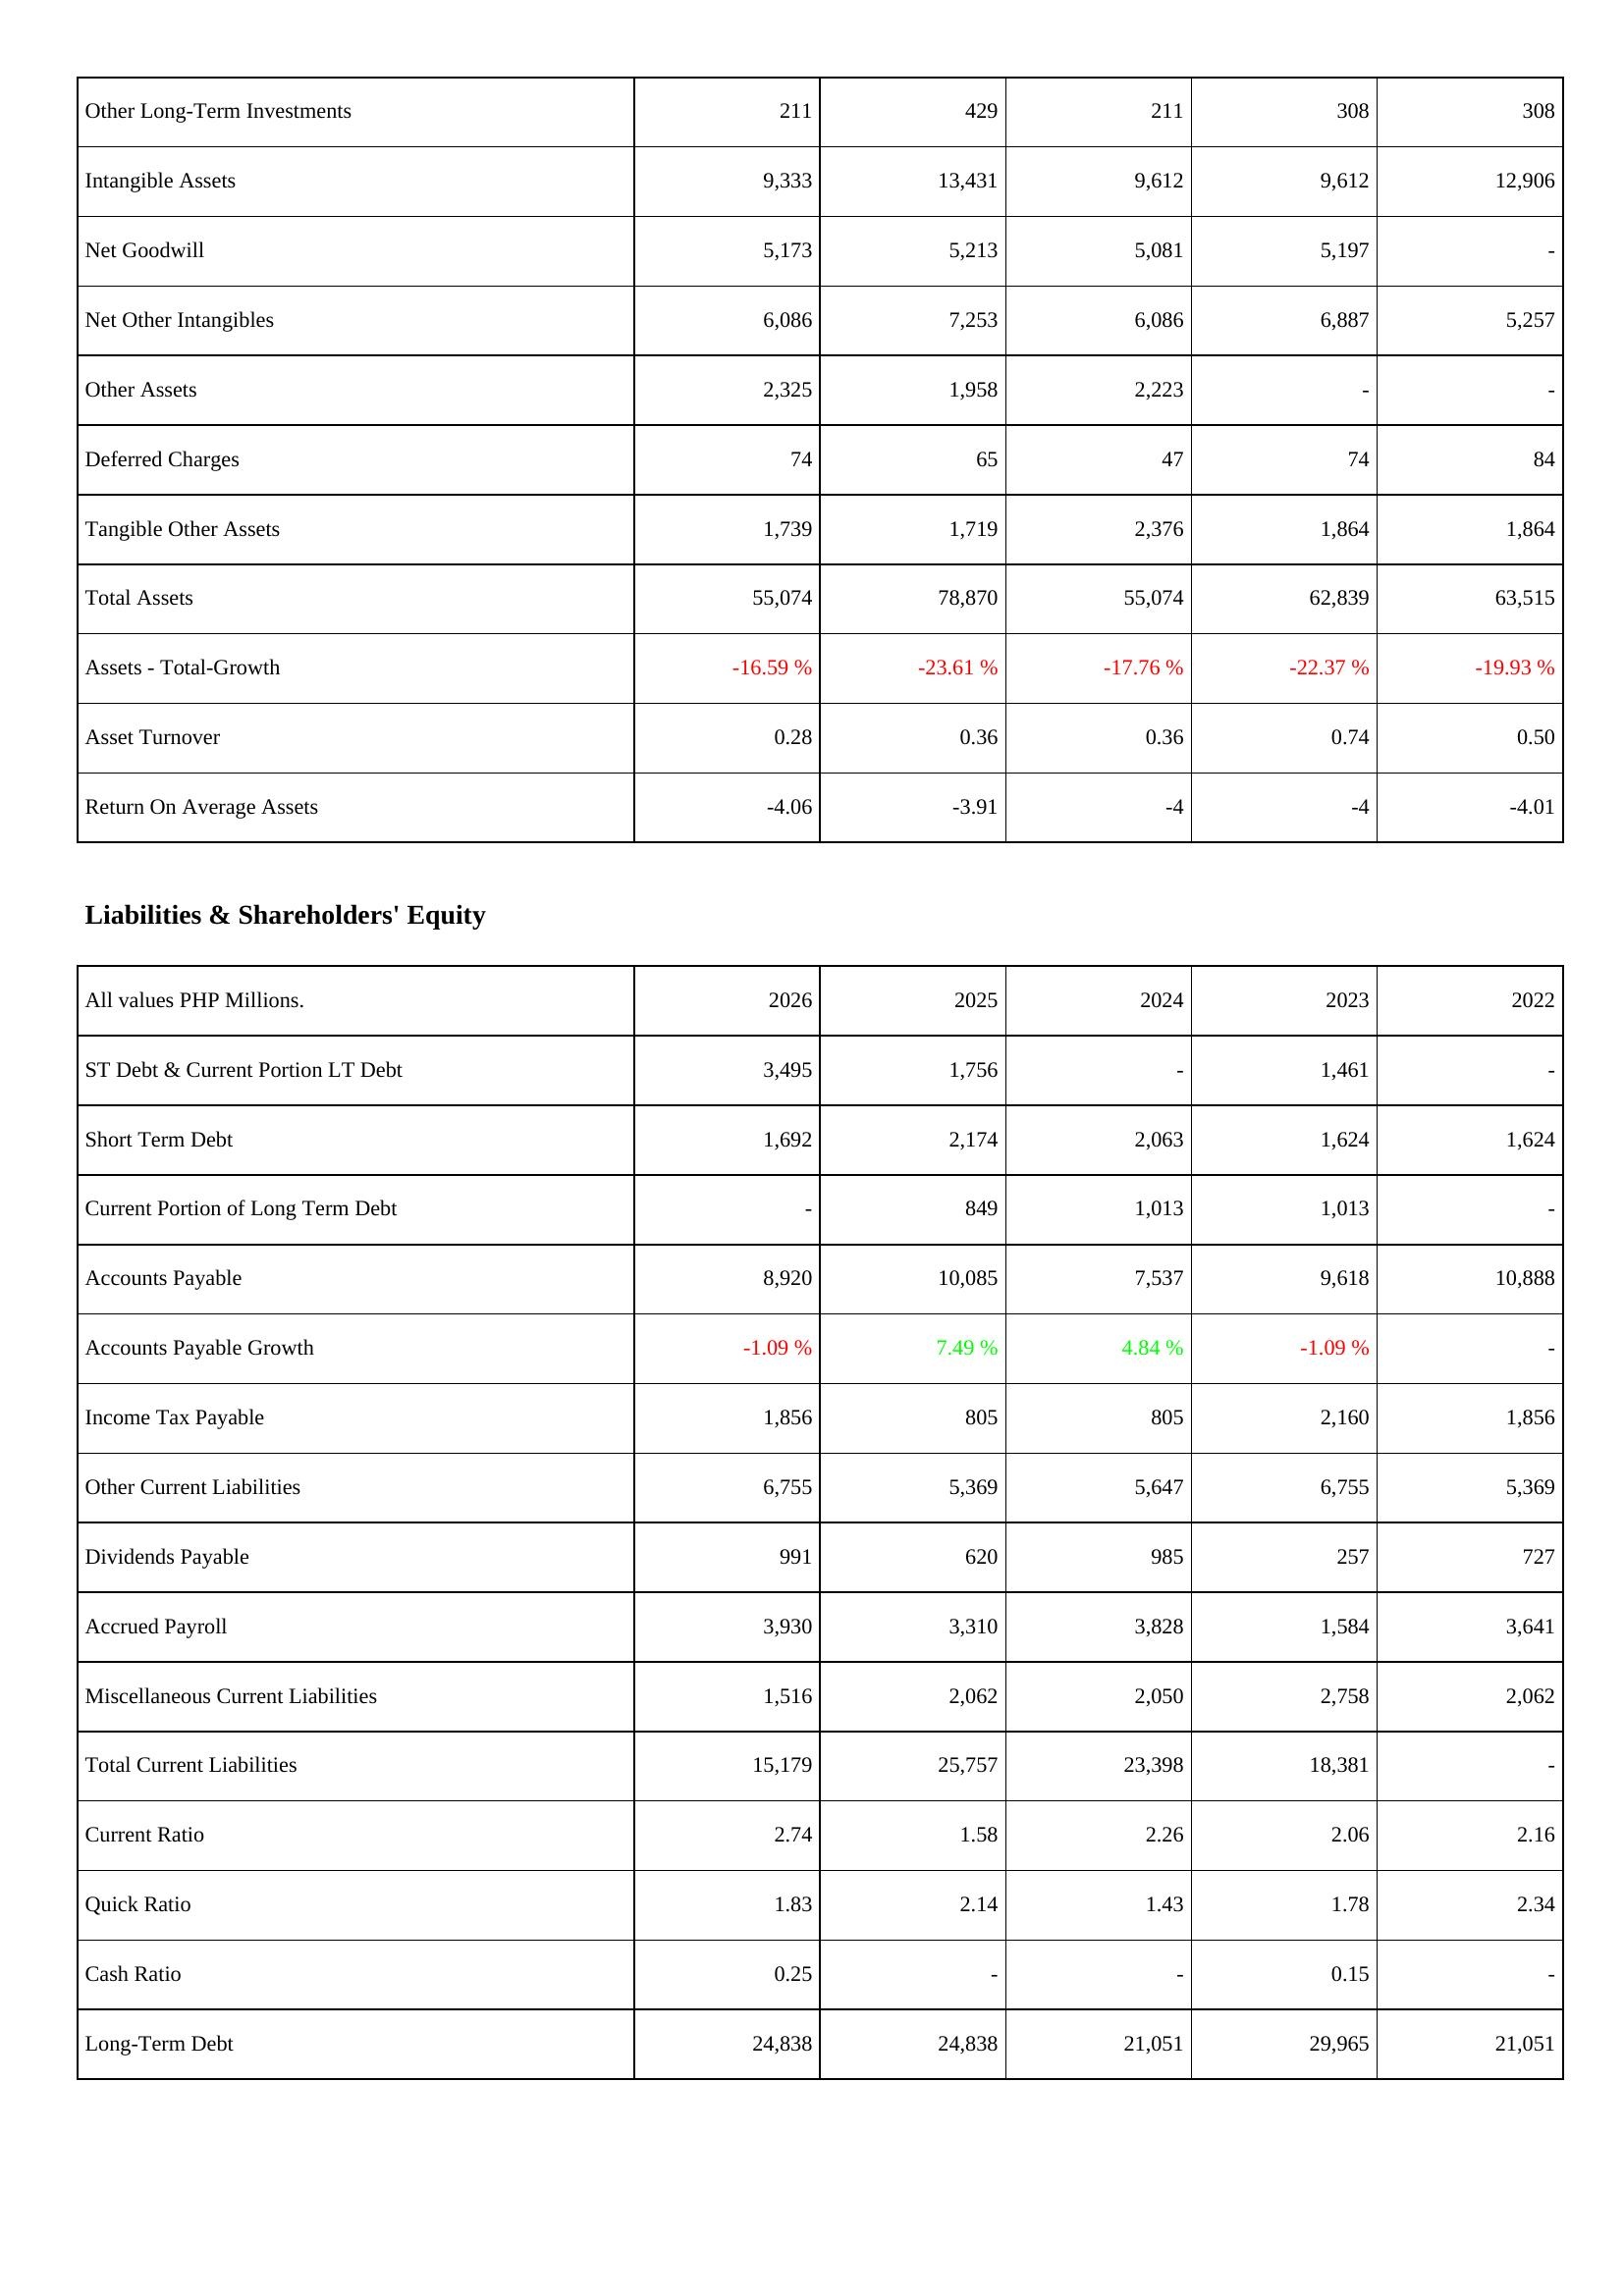
2026: Assets: Other Long-Term Investments: 211
Intangible Assets: 9,333
Net Goodwill: 5,173
Net Other Intangibles: 6,086
Other Assets: 2,325
Deferred Charges: 74
Tangible Other Assets: 1,739
Total Assets: 55,074
Assets - Total-Growth: -16.59 %
Asset Turnover: 0.28
Return On Average Assets: -4.06
Liabilities & Shareholders' Equity: ST Debt & Current Portion LT Debt: 3,495
Short Term Debt: 1,692
Current Portion of Long Term Debt: -
Accounts Payable: 8,920
Accounts Payable Growth: -1.09 %
Income Tax Payable: 1,856
Other Current Liabilities: 6,755
Dividends Payable: 991
Accrued Payroll: 3,930
Miscellaneous Current Liabilities: 1,516
Total Current Liabilities: 15,179
Current Ratio: 2.74
Quick Ratio: 1.83
Cash Ratio: 0.25
Long-Term Debt: 24,838
2025: Assets: Other Long-Term Investments: 429
Intangible Assets: 13,431
Net Goodwill: 5,213
Net Other Intangibles: 7,253
Other Assets: 1,958
Deferred Charges: 65
Tangible Other Assets: 1,719
Total Assets: 78,870
Assets - Total-Growth: -23.61 %
Asset Turnover: 0.36
Return On Average Assets: -3.91
Liabilities & Shareholders' Equity: ST Debt & Current Portion LT Debt: 1,756
Short Term Debt: 2,174
Current Portion of Long Term Debt: 849
Accounts Payable: 10,085
Accounts Payable Growth: 7.49 %
Income Tax Payable: 805
Other Current Liabilities: 5,369
Dividends Payable: 620
Accrued Payroll: 3,310
Miscellaneous Current Liabilities: 2,062
Total Current Liabilities: 25,757
Current Ratio: 1.58
Quick Ratio: 2.14
Cash Ratio: -
Long-Term Debt: 24,838
2024: Assets: Other Long-Term Investments: 211
Intangible Assets: 9,612
Net Goodwill: 5,081
Net Other Intangibles: 6,086
Other Assets: 2,223
Deferred Charges: 47
Tangible Other Assets: 2,376
Total Assets: 55,074
Assets - Total-Growth: -17.76 %
Asset Turnover: 0.36
Return On Average Assets: -4
Liabilities & Shareholders' Equity: ST Debt & Current Portion LT Debt: -
Short Term Debt: 2,063
Current Portion of Long Term Debt: 1,013
Accounts Payable: 7,537
Accounts Payable Growth: 4.84 %
Income Tax Payable: 805
Other Current Liabilities: 5,647
Dividends Payable: 985
Accrued Payroll: 3,828
Miscellaneous Current Liabilities: 2,050
Total Current Liabilities: 23,398
Current Ratio: 2.26
Quick Ratio: 1.43
Cash Ratio: -
Long-Term Debt: 21,051
2023: Assets: Other Long-Term Investments: 308
Intangible Assets: 9,612
Net Goodwill: 5,197
Net Other Intangibles: 6,887
Other Assets: -
Deferred Charges: 74
Tangible Other Assets: 1,864
Total Assets: 62,839
Assets - Total-Growth: -22.37 %
Asset Turnover: 0.74
Return On Average Assets: -4
Liabilities & Shareholders' Equity: ST Debt & Current Portion LT Debt: 1,461
Short Term Debt: 1,624
Current Portion of Long Term Debt: 1,013
Accounts Payable: 9,618
Accounts Payable Growth: -1.09 %
Income Tax Payable: 2,160
Other Current Liabilities: 6,755
Dividends Payable: 257
Accrued Payroll: 1,584
Miscellaneous Current Liabilities: 2,758
Total Current Liabilities: 18,381
Current Ratio: 2.06
Quick Ratio: 1.78
Cash Ratio: 0.15
Long-Term Debt: 29,965
2022: Assets: Other Long-Term Investments: 308
Intangible Assets: 12,906
Net Goodwill: -
Net Other Intangibles: 5,257
Other Assets: -
Deferred Charges: 84
Tangible Other Assets: 1,864
Total Assets: 63,515
Assets - Total-Growth: -19.93 %
Asset Turnover: 0.50
Return On Average Assets: -4.01
Liabilities & Shareholders' Equity: ST Debt & Current Portion LT Debt: -
Short Term Debt: 1,624
Current Portion of Long Term Debt: -
Accounts Payable: 10,888
Accounts Payable Growth: -
Income Tax Payable: 1,856
Other Current Liabilities: 5,369
Dividends Payable: 727
Accrued Payroll: 3,641
Miscellaneous Current Liabilities: 2,062
Total Current Liabilities: -
Current Ratio: 2.16
Quick Ratio: 2.34
Cash Ratio: -
Long-Term Debt: 21,051